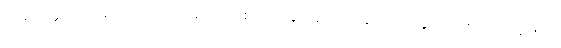
သဗ္ဗ စိတ္တသာဓာရဏော၊ အလုံးစုံသော စိတ်တို့နှင့် ဆက်ဆံသော သဒ္ဒါတည်း။ [၀၁] (နိ-၅၈)